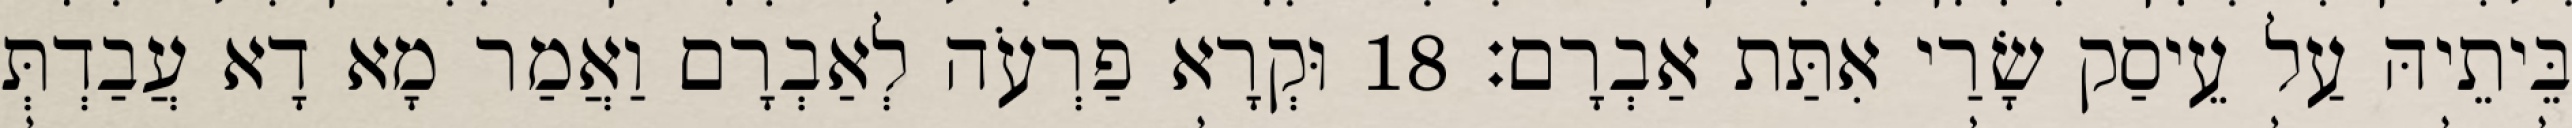
בֵּיתֵיהּ עַל עֵיסַק שָׂרַי אִתַּת אַבְרָם׃ 18 וּקְרָא פַרְעֹה לְאַבְרָם וַאֲמַר מָא דָא עֲבַדְתְּ